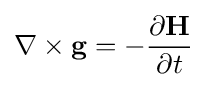
\nabla \times \mathbf {g} =-{\frac {\partial \mathbf {H} }{\partial t}}\,\!